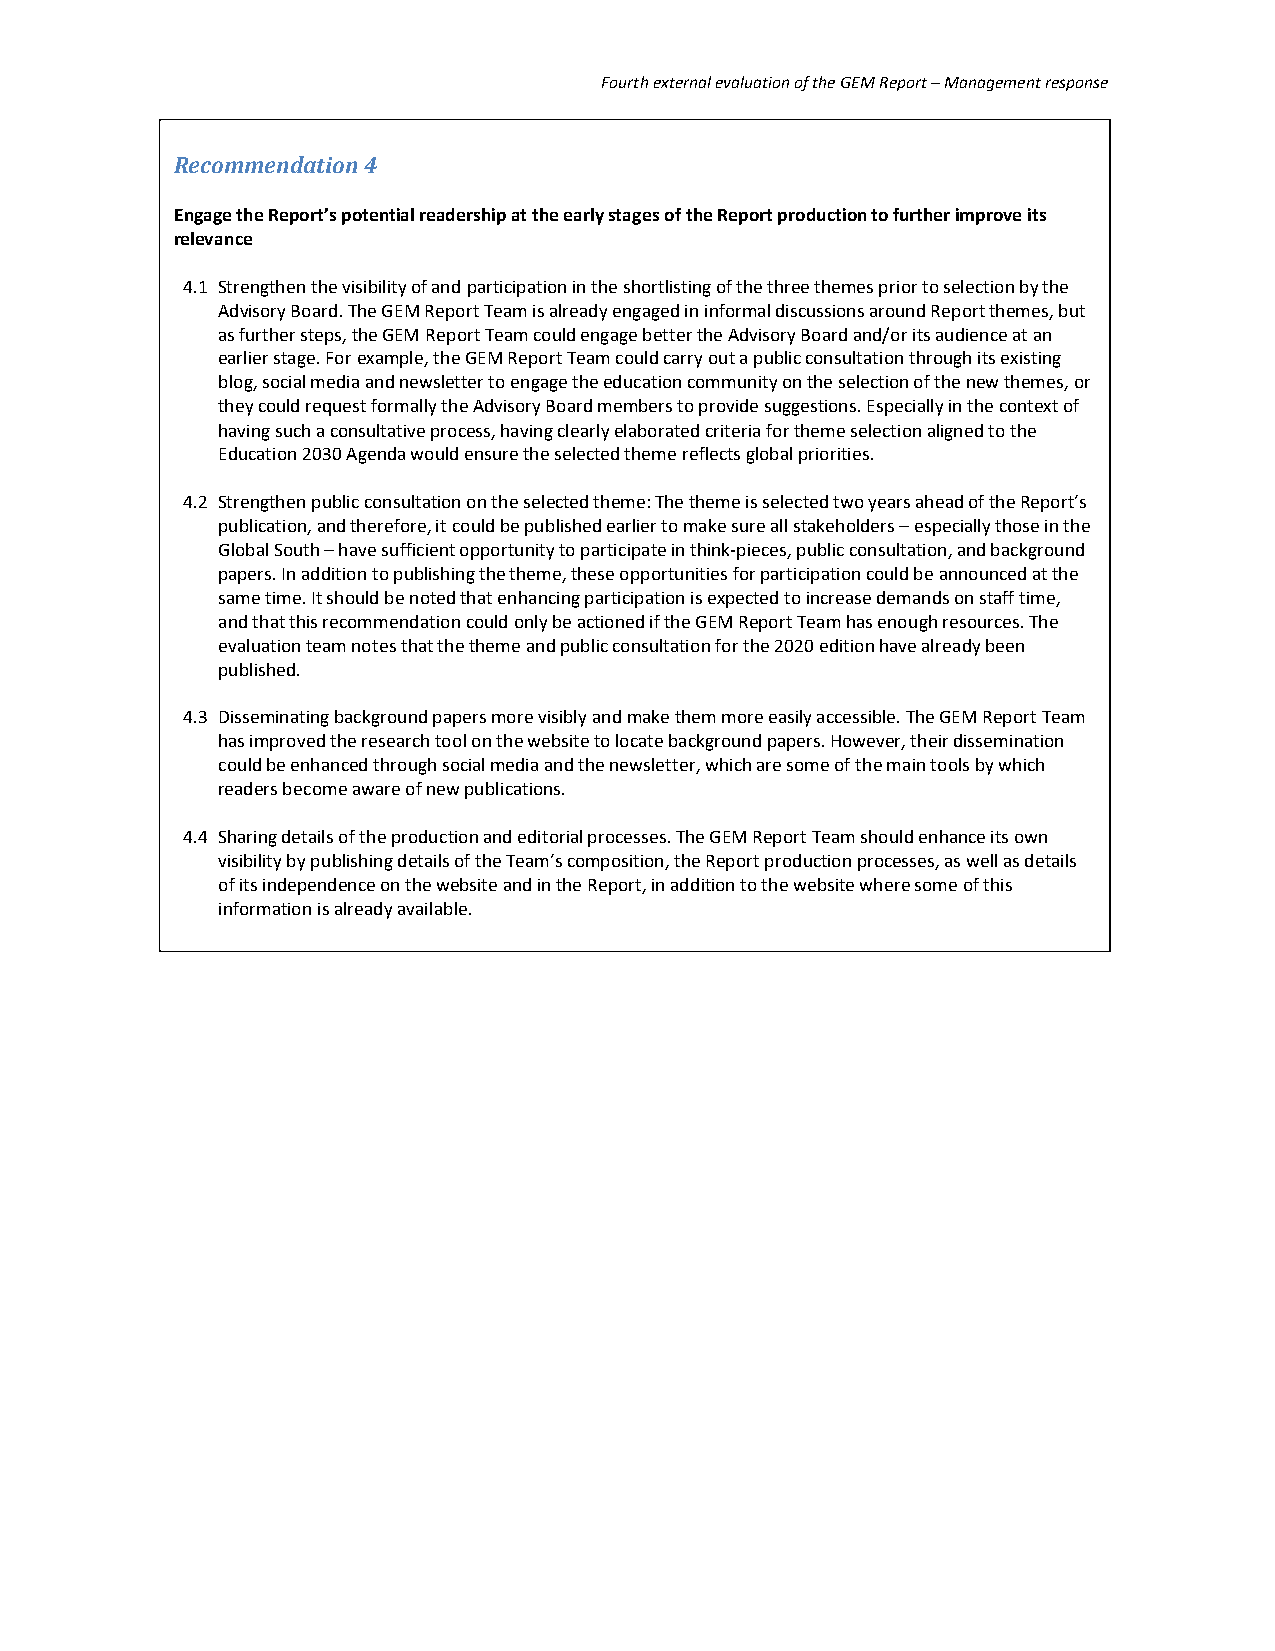
Fourth external evaluation of the GEM Report – Management response
 Recommendation 4
 Engage the Report’s potential readership at the early stages of the Report production to further improve its
 relevance
 4.1 Strengthen the visibility of and participation in the shortlisting of the three themes prior to selection by the
 Advisory Board. The GEM Report Team is already engaged in informal discussions around Report themes, but
 as further steps, the GEM Report Team could engage better the Advisory Board and/or its audience at an
 earlier stage. For example, the GEM Report Team could carry out a public consultation through its existing
 blog, social media and newsletter to engage the education community on the selection of the new themes, or
 they could request formally the Advisory Board members to provide suggestions. Especially in the context of
 having such a consultative process, having clearly elaborated criteria for theme selection aligned to the
 Education 2030 Agenda would ensure the selected theme reflects global priorities.
 4.2 Strengthen public consultation on the selected theme: The theme is selected two years ahead of the Report’s
 publication, and therefore, it could be published earlier to make sure all stakeholders – especially those in the
 Global South – have sufficient opportunity to participate in think-pieces, public consultation, and background
 papers. In addition to publishing the theme, these opportunities for participation could be announced at the
 same time. It should be noted that enhancing participation is expected to increase demands on staff time,
 and that this recommendation could only be actioned if the GEM Report Team has enough resources. The
 evaluation team notes that the theme and public consultation for the 2020 edition have already been
 published.
 4.3 Disseminating background papers more visibly and make them more easily accessible. The GEM Report Team
 has improved the research tool on the website to locate background papers. However, their dissemination
 could be enhanced through social media and the newsletter, which are some of the main tools by which
 readers become aware of new publications.
 4.4 Sharing details of the production and editorial processes. The GEM Report Team should enhance its own
 visibility by publishing details of the Team’s composition, the Report production processes, as well as details
 of its independence on the website and in the Report, in addition to the website where some of this
 information is already available.